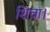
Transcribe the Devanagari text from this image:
शिवा।